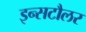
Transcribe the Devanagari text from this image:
इन्सटौलर